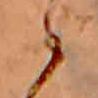
ゝ